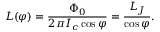
L ( \varphi ) = { \frac { \Phi _ { 0 } } { 2 \pi I _ { c } \cos \varphi } } = { \frac { L _ { J } } { \cos \varphi } } .